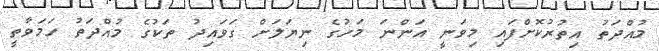
މުއްދަތު އިތުރުކޮށްފައި މިވަނީ އަންނަ މަހުގެ ނިޔަލަށް ގަވައިދު ތަކުގެ މުއްދަތު ހަމަވާތީ